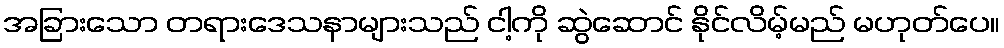
အခြားသော တရားဒေသနာများသည် ငါ့ကို ဆွဲဆောင် နိုင်လိမ့်မည် မဟုတ်ပေ။